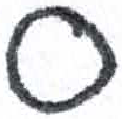
אות: ס